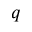
q